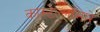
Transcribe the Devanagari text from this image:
कास्टेल्लांमारे